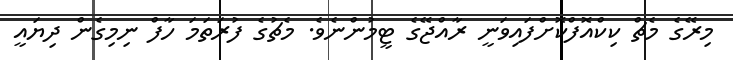
މިރޭގެ މެޗް ކިކްއޮފްކޮށްފައިވަނީ ރާއްޖޭގެ ޓީމުންނެވެ. މެޗުގެ ފުރަތަމަ ހާފް ނިމިގެން ދިޔައީ